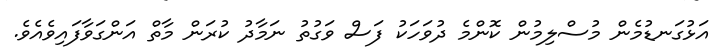
އަޅުގަނޑުމެން މުސްލިމުން ކޮންމެ ދުވަހަކު ފަސް ވަގުތު ނަމާދު ކުރަން މާތް އަންގަވާފައިވެއެވެ.